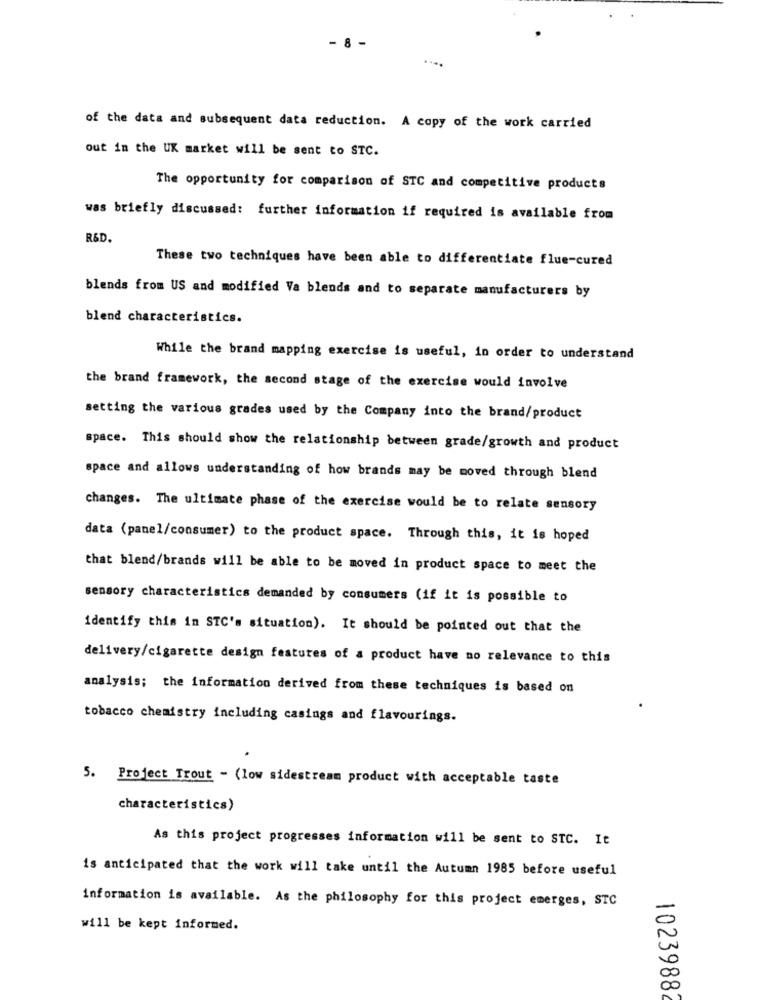
- 8
of the data and subsequent data reduction. A copy of the work carried
out in the UK market will be sent to STC.
The opportunity for comparison of STC and competitive products
was briefly discussed: further information if required is available from
R&D.
These two techniques have been able to differentiate flue-cured
blends from US and modified Va blends and to separate manufacturers by
blend characteristics.
While the brand mapping exercise is useful, in order to understand
the brand framework, the second stage of the exercise would involve
setting the various grades used by the Company into the brand/product
space. This should show the relationship between grade/growth and product
space and allows understanding of how brands may be moved through blend
changes. The ultimate phase of the exercise would be to relate sensory
data (panel/consumer) to the product space. Through this, it is hoped
that blend/brands will be able to be moved in product space to meet the
sensory characteristics demanded by consumers (if it is possible to
identify this in STC's situation). It should be pointed out that the
delivery/cigarette design features of a product have no relevance to this
analysis; the information derived from these techniques is based on
tobacco chemistry including casings and flavourings.
5. Project Trout - (low sidestream product with acceptable taste
characteristics)
As this project progresses information will be sent to STC. It
is anticipated that the work will take until the Autumn 1985 before useful
information is available. As the philosophy for this project emerges, STC
will be kept informed.
10239882